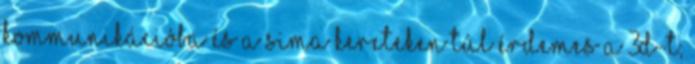
kommunikációba és a sima kereteken túl érdemes a 3D-t,